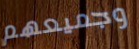
وجميعهم